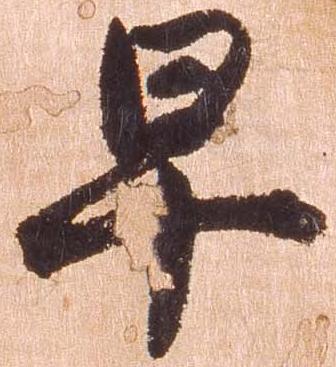
早